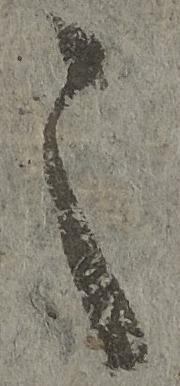
之